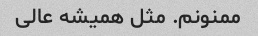
ممنونم. مثل همیشه عالی